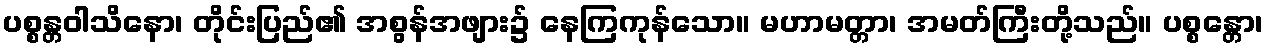
ပစ္စန္တဝါသိနော၊ တိုင်းပြည်၏ အစွန်အဖျား၌ နေကြကုန်သော။ မဟာမတ္တာ၊ အမတ်ကြီးတို့သည်။ ပစ္စန္တော၊